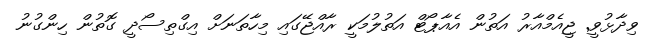
ވިދާޅުވީ